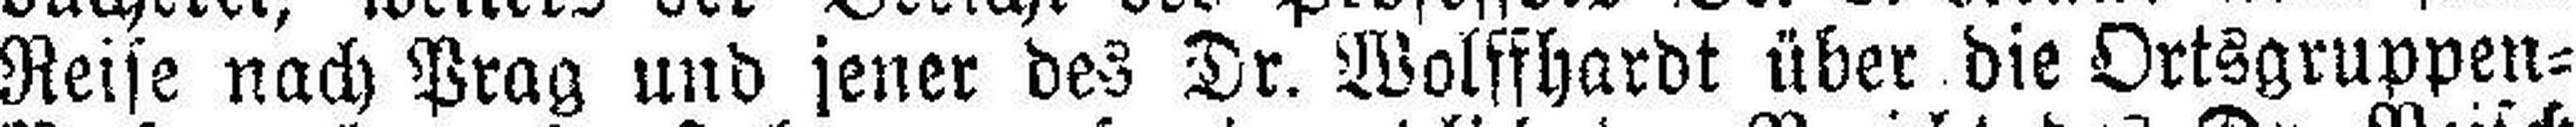
Reise nach Prag und jener des Dr. Wolffhardt über die Ortsgruppen¬